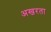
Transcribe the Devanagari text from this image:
अखरता